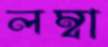
লম্বা